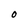
Character: O